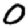
Digit: 0